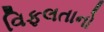
વિફલતાનો